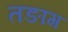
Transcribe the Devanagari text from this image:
तङाग